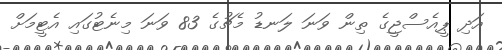
އަދި ޕީއެސްޖީގެ ތިން ވަނަ ލަނޑު މެޗުގެ 83 ވަނަ މިނެޓުގައި އެޓީމަށް